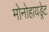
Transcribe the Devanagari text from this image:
मोनोहायड्रेट